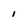
Character: 1